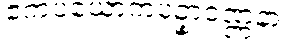
ဧကပယောကပဥှာဝဏ္ဏနာ။